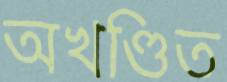
অখণ্ডিত